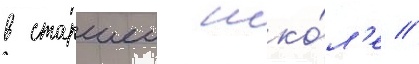
в старшеи шко́л'е //